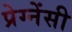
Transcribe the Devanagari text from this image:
प्रेग्नेंसी